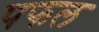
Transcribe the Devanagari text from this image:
पफल